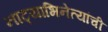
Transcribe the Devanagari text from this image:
नाट्याभिनेत्यांची